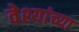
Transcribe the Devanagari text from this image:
वेश्यांच्या